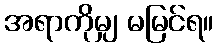
အရာကိုမျှ မမြင်ရ။